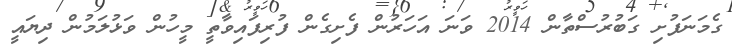
ގެމަނަފުށި ގަބުރުސްތާން 2014 ވަނަ އަހަރުން ފެށިގެން ފުރިފައިވާތީ މީހުން ވަޅުލަމުން ދިޔައީ